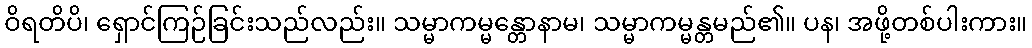
ဝိရတိပိ၊ ရှောင်ကြဉ်ခြင်းသည်လည်း။ သမ္မာကမ္မန္တောနာမ၊ သမ္မာကမ္မန္တမည်၏။ ပန၊ အဖို့တစ်ပါးကား။